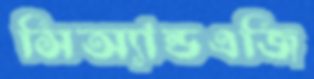
সিঅ্যান্ডএজি